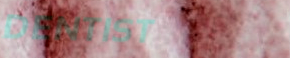
DENTIST